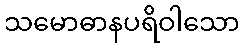
သမောဓာနပရိဝါသော